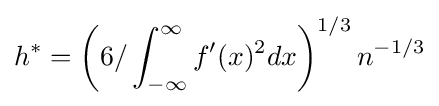
h^{*}=\left(6/\int _{-\infty }^{\infty }f'(x)^{2}dx\right)^{1/3}n^{-1/3}